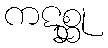
ကဋစ္ဆု